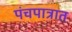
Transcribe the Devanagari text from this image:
पंचपात्रात